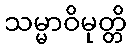
သမ္မာဝိမုတ္တိ